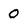
Character: 0